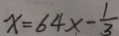
x = 6 4 x - \frac { 1 } { 3 }